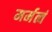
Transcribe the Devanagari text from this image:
मर्मत्वं